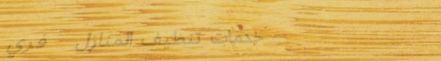
خدمات تنظيف المنازل   فري